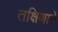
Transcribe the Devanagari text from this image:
तक्षिणाने